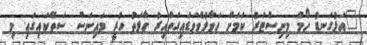
"އަޅުގަނޑު ހޯމް މިނިސްޓަރު ކަމަށް ހަވާލުވެވަޑައިގަތްއިރު ހާލަތު ހުރީ މައިނަސް ސަތޭކައިގައި. މި